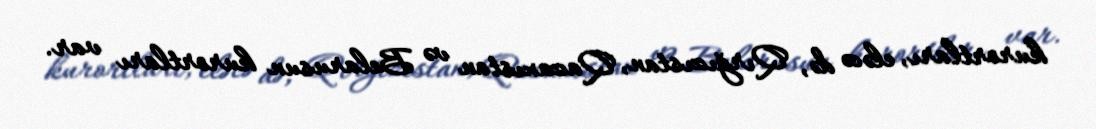
kurortları, eləcə də, Qırğızıstan, Qazaxıstan və Belarusun kurortları var.